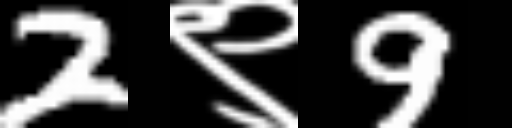
Text: 2९9